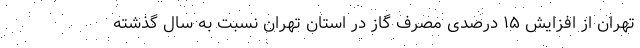
تهران از افزایش ۱۵ درصدی مصرف گاز در استان تهران نسبت به سال گذشته